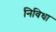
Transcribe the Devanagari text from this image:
निविधा